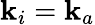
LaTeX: \mathbf{k}_{i}=\mathbf{k}_{a}